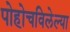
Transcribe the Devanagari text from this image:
पोहोचविलेल्या